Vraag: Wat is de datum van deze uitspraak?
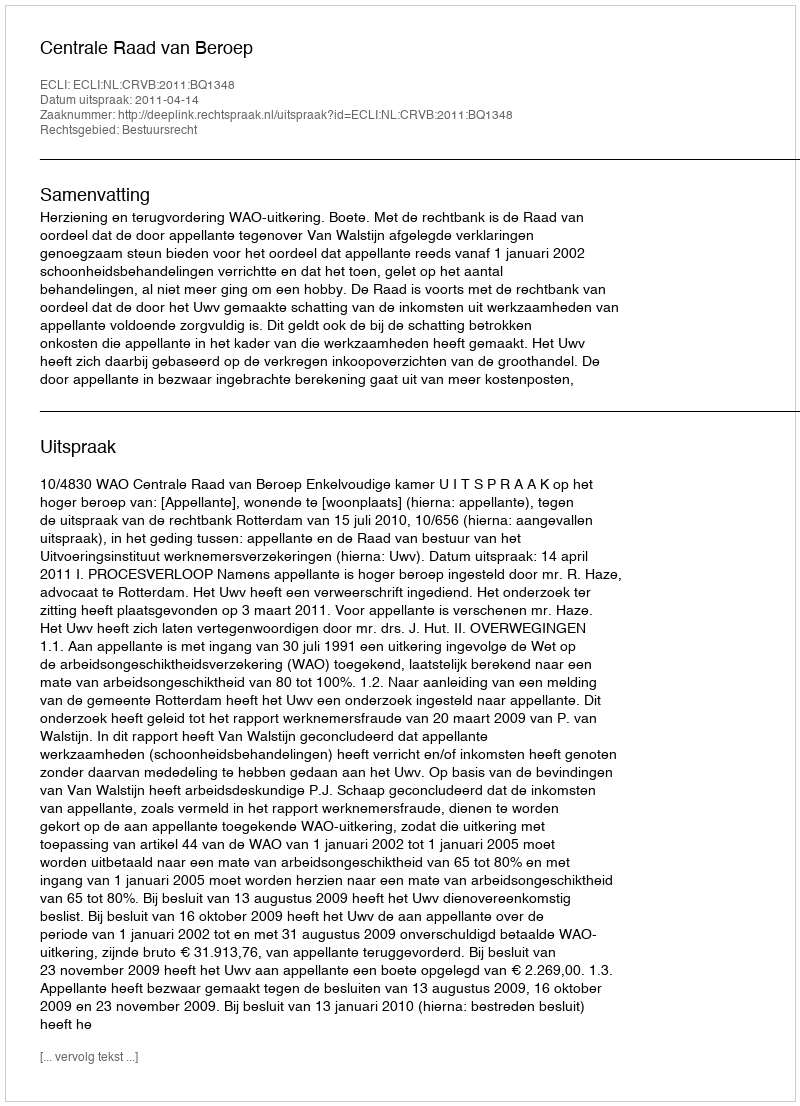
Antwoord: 2011-04-14